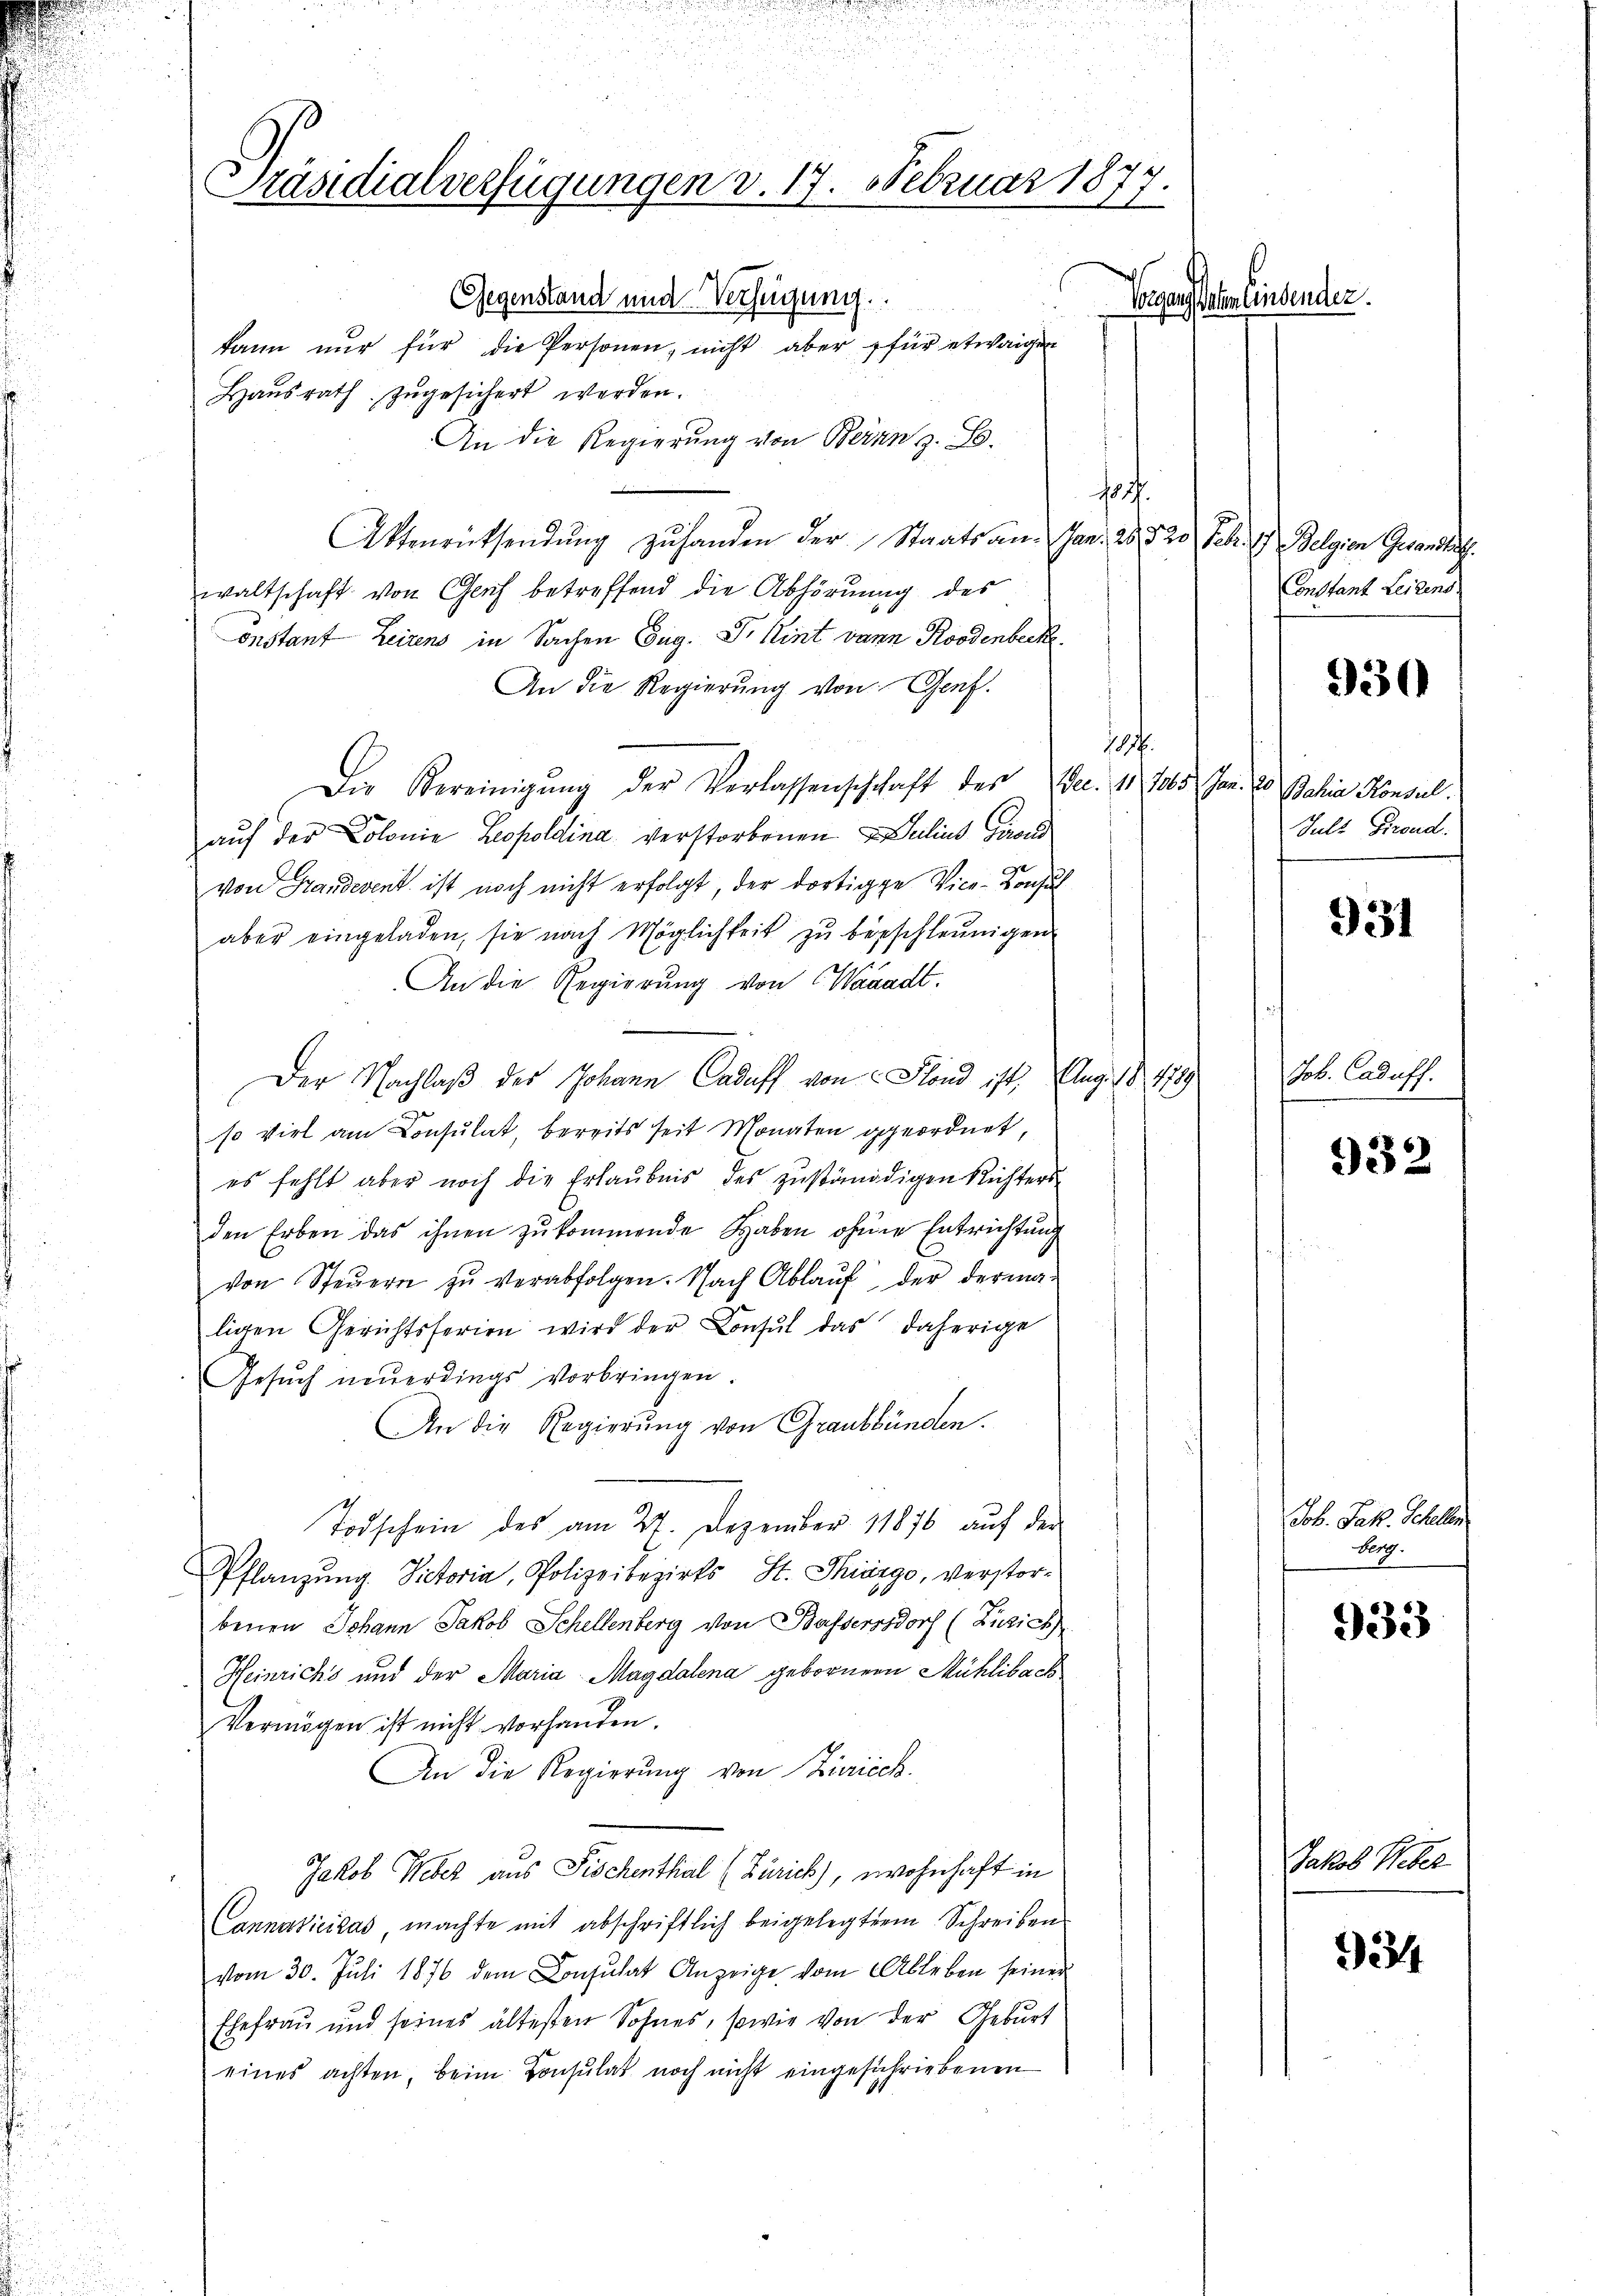
.
Präsidialverfügungen v. 17. Februar 1877.
Gegenstand und Verfügung.
Gegenstehen Einsenden.
kann nur für die Personen, nicht aber für etwaigen

Haŭsrath zŭgesichert werden.
An die Regierung von Bernn z. B.
185
Aktenrücksendung zu handen der Staatsan. Jan. 28. 520 Febr. 17 Belgien Gesandts
waltschaft von Genf betreffend die Abhörung des
onstant Leitens in Sachen Eug. Dr Hint dann Roodenbeck.
An die Regierung von Genf.
.
Die Vereinigung der Verlassenschschaft des Dec. 11 705. Jan. 20 Jahia Konsul
auf der Colonie Leopoldina verstorbenen L. Julius Gior
von Handerent ist noch nicht erfolgt, der dortige Vice-Konsul
aber eingeladen, sie nach Möglichkeit zŭ beschleunigen
An die Regierung von Waadt.
Der Nachlaß des Johann Cadaff von Fland ist, Aug. 18. 1789
so viel am Consulat, bereits seit Monaten geordnet,
es fehlt aber noch die Erlaubnis des zŭständigen Richters-
den Erben das ihnen zŭkommende Haben ohner Entrichtung
von Steŭern zŭ verabfolgen. Nach Ablaŭf der derma-
ligen Gerichtsferien wird der Consul das daherige
Gesŭch neŭerdings vorbringen.
An die Regierung von Graubünden.
Todschein des am 27. Dezember 11876 aŭf der
Pflanzung. Victoria, Polizeibezirks St. Thiärgo, verstorbenen Johann Jakob Schellenberg von Bassersdorf (Zürich
Heinrichs und der Maria Magdalena gebornern Mühlibach
Vermögen ist nicht vorhanden.
An die Regierŭng von Züricch.
Jakob Weber aus Fischenthal (Zürich), wohnhaft in
Cannavicilás machte mit abschriftlich beigelegten Schreiben
vom 30. Juli 1876 dem Consulat Anzeige vom Ableben seiner
Ehefrau und seines ältesten Sohnes, sowie von der Geburt
eines achten, beim Consulat noch nicht eingeschriebenen

Constant Leidend

930

Jult Freud

931

Job. Caduff.

932

Job. Jak. Schellen
berg.

933

Jakob Weber

334